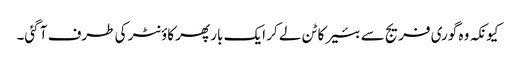
کیونکہ وہ گوری فریج سے بئیر کا ٹن لے کر ایک بار پھر کاؤنٹر کی طرف آ گئی۔